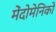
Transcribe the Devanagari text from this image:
मेंदोमेनिको